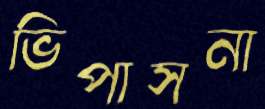
ভিপাসনা